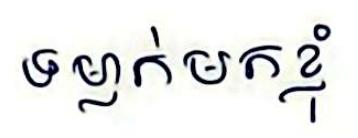
ទម្លាក់មកខ្ញុំ